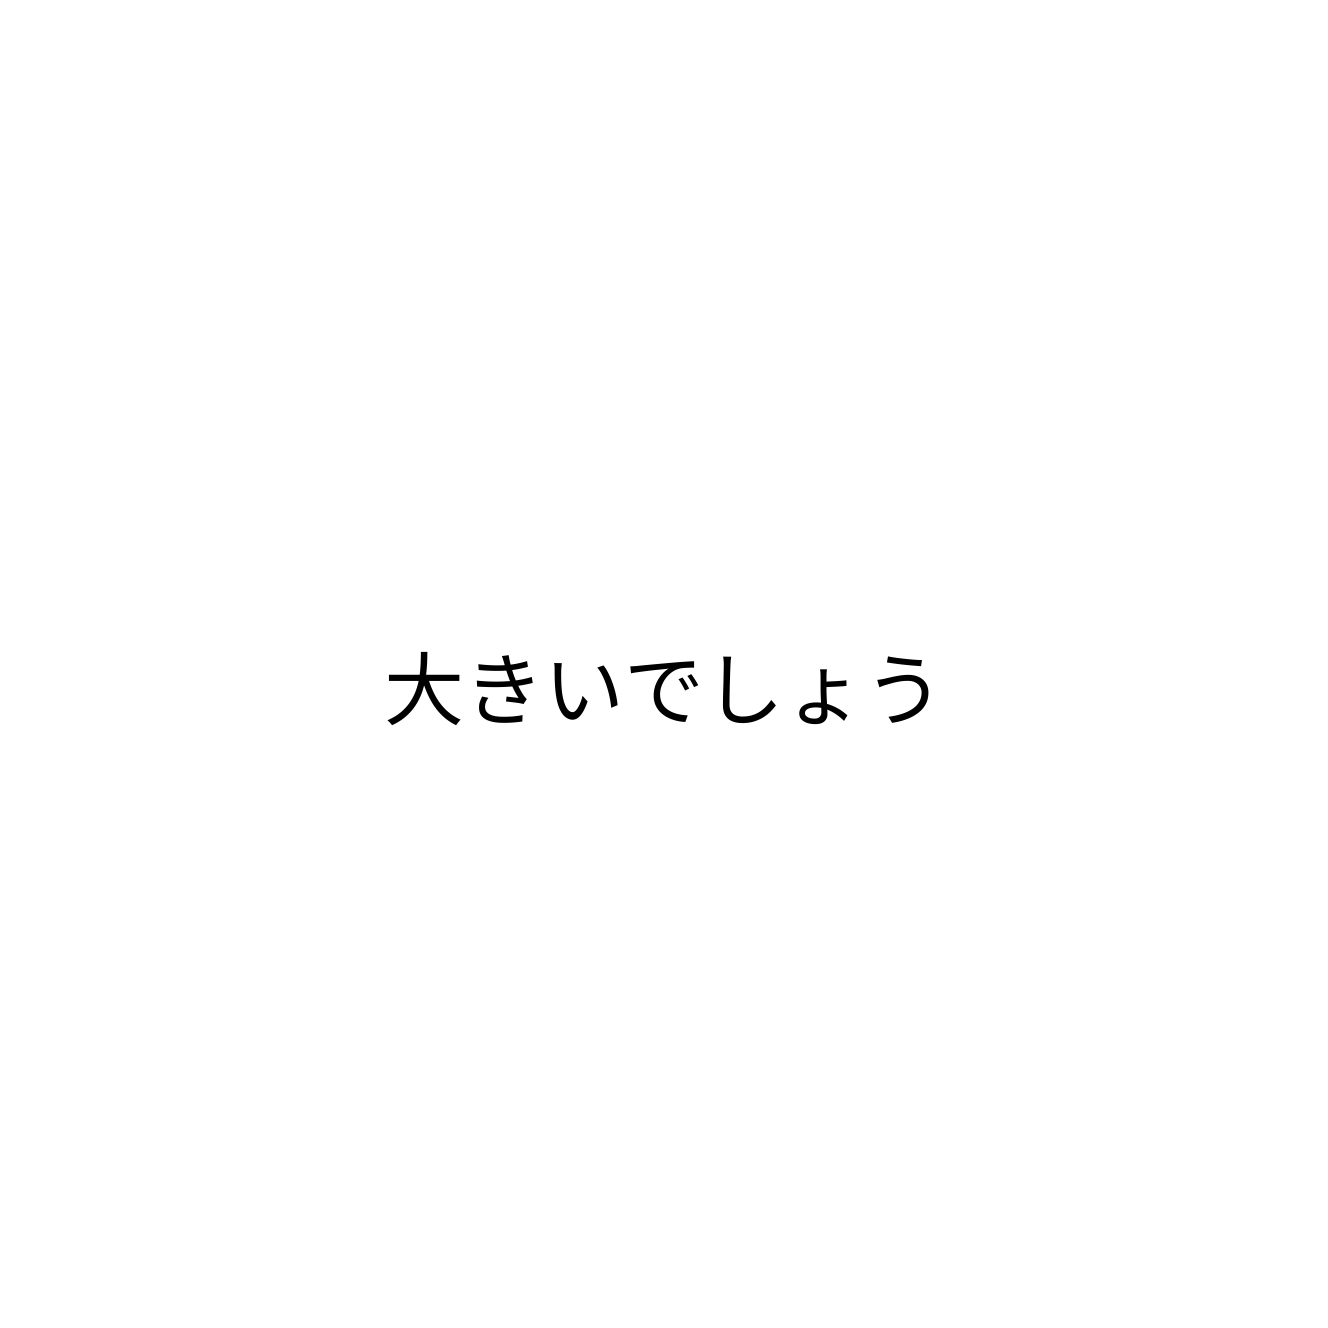
大きいでしょう